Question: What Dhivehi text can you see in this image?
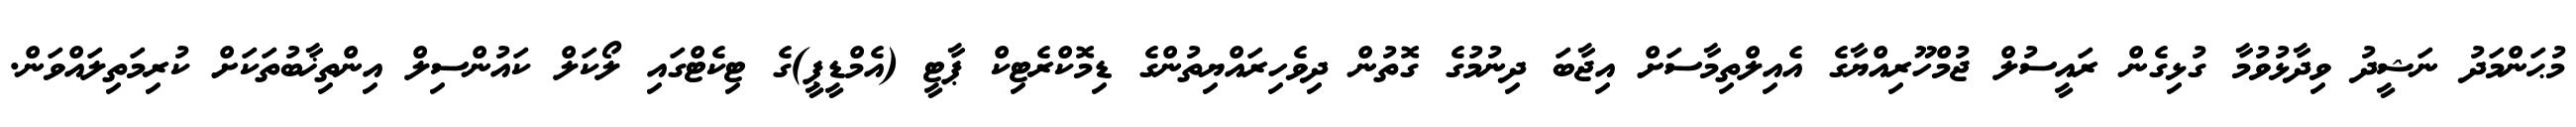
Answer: މުޙަންމަދު ނަޝީދު ވިދާޅުވުމާ ގުޅިގެން ރައީސުލް ޖުމްހޫރިއްޔާގެ އެއިލްތިމާސަށް އިޖާބަ ދިނުމުގެ ގޮތުން ދިވެހިރައްޔިތުންގެ ޑިމޮކްރެޓިކް ޕާޓީ (އެމްޑީޕީ)ގެ ޓިކެޓްގައި ލޯކަލް ކައުންސިލް އިންތިޚާބުތަކަށް ކުރިމަތިލައްވަން.